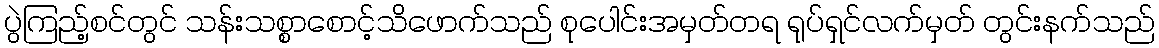
ပွဲကြည့်စင်တွင် သန်းသစ္စာစောင့်သိဖောက်သည် စုပေါင်းအမှတ်တရ ရုပ်ရှင်လက်မှတ် တွင်းနက်သည်